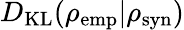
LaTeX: D_{\mathrm{KL}}(\rho_{\mathrm{emp}}|\rho_{\mathrm{syn}})